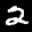
Label: 2